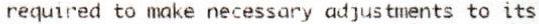
REQUIRED TO MAKE NECESSARY ADJUSTMENTS TO ITS